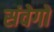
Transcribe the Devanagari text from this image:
संवेगो